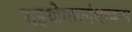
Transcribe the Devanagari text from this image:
सहयोगाकांक्षाजन्य